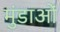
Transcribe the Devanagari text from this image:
मुंडाओं